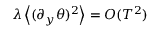
\lambda \left\langle ( \partial _ { y } \theta ) ^ { 2 } \right\rangle = O ( T ^ { 2 } )